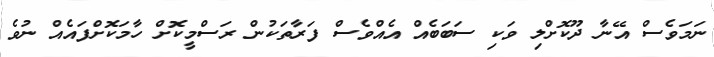
ނަމަވެސް އޭނާ ދޫކޮށްލި ވަކި ސަބަބެއް އެއްވެސް ފަރާތަކުން ރަސްމީކޮށް ހާމަކޮށްފައެއް ނުވެ